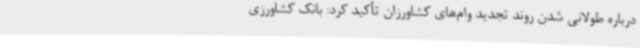
درباره طولانی شدن روند تجدید وام‌های کشاورزان تأکید کرد: بانک کشاورزی